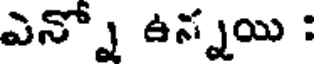
ఎన్నో ఉన్నయి :